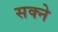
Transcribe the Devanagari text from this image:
सक्ने